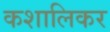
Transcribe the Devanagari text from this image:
कशालिकर